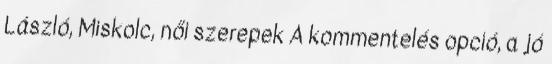
László, Miskolc, női szerepek A kommentelés opció, a jó